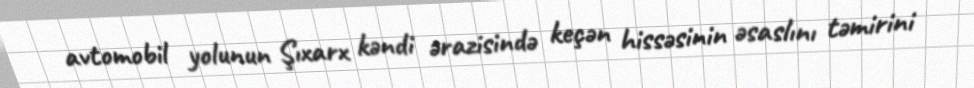
avtomobil yolunun Şıxarx kəndi ərazisində keçən hissəsinin əsaslını təmirini